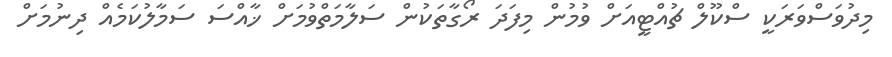
މިދުވަސްވަރަކީ ސްކޫލް ޗުއްޓީއަށް ވުމުން މިފަދަ ރޯގާތަކުން ސަލާމަތްވުމަށް ޚާއްސަ ސަމާލުކަމެއް ދިނުމަށް